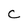
Character: c